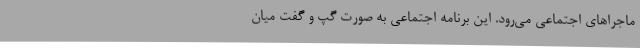
ماجراهای اجتماعی می‌رود. این برنامه اجتماعی به صورت گپ و گفت میان